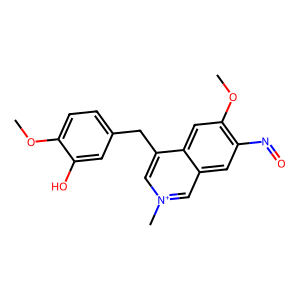
SMILES: COc1ccc(Cc2c[n+](C)cc3cc(N=O)c(OC)cc23)cc1O
Inhibits HIV replication: No